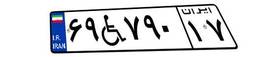
۶۹W۷۹۰۱۷